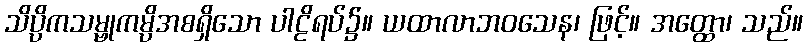
သိပ္ပိကသမ္ဗုကမ္ပိအစရှိသော ပါဠိရပ်၌။ ယထာလာဘဝသေန၊ ဖြင့်။ အတ္ထော၊ သည်။